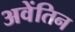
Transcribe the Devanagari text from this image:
अवेंतिन